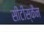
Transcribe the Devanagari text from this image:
सीटीस्कैन